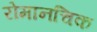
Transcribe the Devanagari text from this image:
रोमानचिक